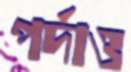
পর্দাও